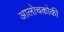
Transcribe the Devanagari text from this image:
आलोचकोकी